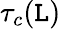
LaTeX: \tau_{c}(\mathtt{L})